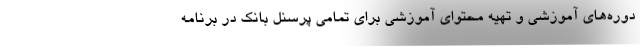
دوره‌های آموزشی و تهیه محتوای آموزشی برای تمامی پرسنل بانک در برنامه